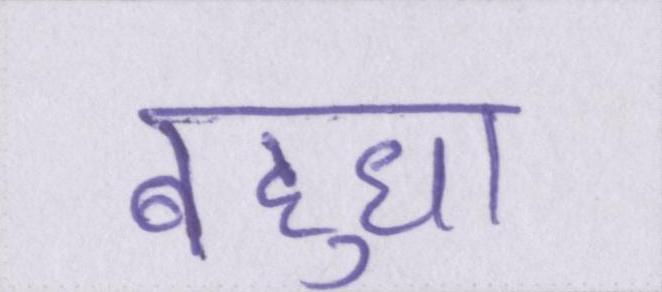
बहुधा